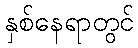
နှစ်နေရာတွင်